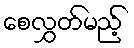
စေလွှတ်မည့်